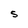
Character: S